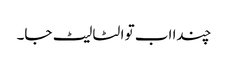
چندا اب تو الٹا لیٹ جا۔